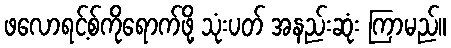
ဖလောရင့်စ်ကိုရောက်ဖို့ သုံးပတ် အနည်းဆုံး ကြာမည်။